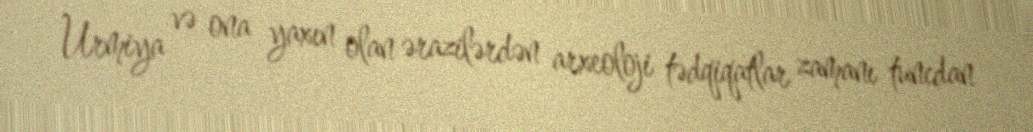
Urmiya və ona yaxın olan ərazilərdən arxeoloji tədqiqatlar zamanı tuncdan